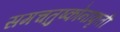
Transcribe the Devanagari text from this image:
समचतुष्कोनाकृती